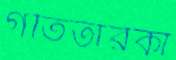
গতিতারকা